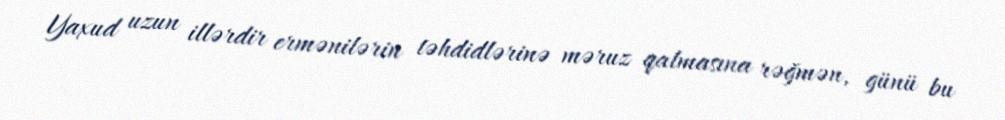
Yaxud uzun illərdir ermənilərin təhdidlərinə məruz qalmasına rəğmən, günü bu